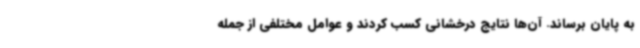
به پایان برساند. آن‌ها نتایج درخشانی کسب کردند و عوامل مختلفی از جمله